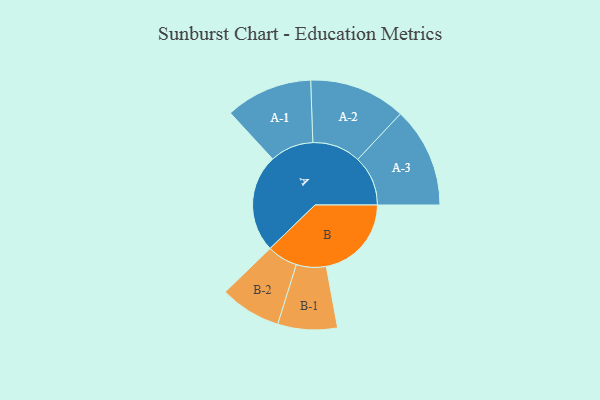
{"axis": {"x": "Segment", "y": "Value"}, "legend": ["", "A", "B"], "data": [{"x": "A", "y": 470, "type": ""}, {"x": "B", "y": 409, "type": ""}, {"x": "A-1", "y": 209, "type": "A"}, {"x": "A-2", "y": 232, "type": "A"}, {"x": "A-3", "y": 241, "type": "A"}, {"x": "B-1", "y": 143, "type": "B"}, {"x": "B-2", "y": 147, "type": "B"}]}